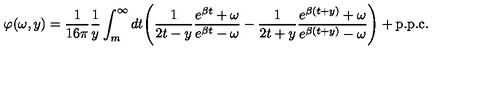
\varphi ( \omega , y ) = \frac { 1 } { 1 6 \pi } \frac { 1 } { y } \int _ { m } ^ { \infty } d t \Bigg ( \frac { 1 } { 2 t - y } \frac { e ^ { \beta t } + \omega } { e ^ { \beta t } - \omega } - \frac { 1 } { 2 t + y } \frac { e ^ { \beta ( t + y ) } + \omega } { e ^ { \beta ( t + y ) } - \omega } \Bigg ) + \mathrm { p . p . c . }